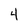
Character: 4